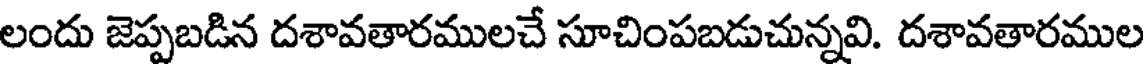
లందు జెప్పబడిన దశావతారములచే సూచింపబడుచున్నవి. దశావతారముల